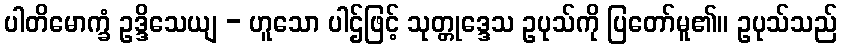
ပါတိမောက္ခံ ဥဒ္ဒိသေယျ - ဟူသော ပါဌ်ဖြင့် သုတ္တုဒ္ဒေသ ဥပုသ်ကို ပြတော်မူ၏။ ဥပုသ်သည်